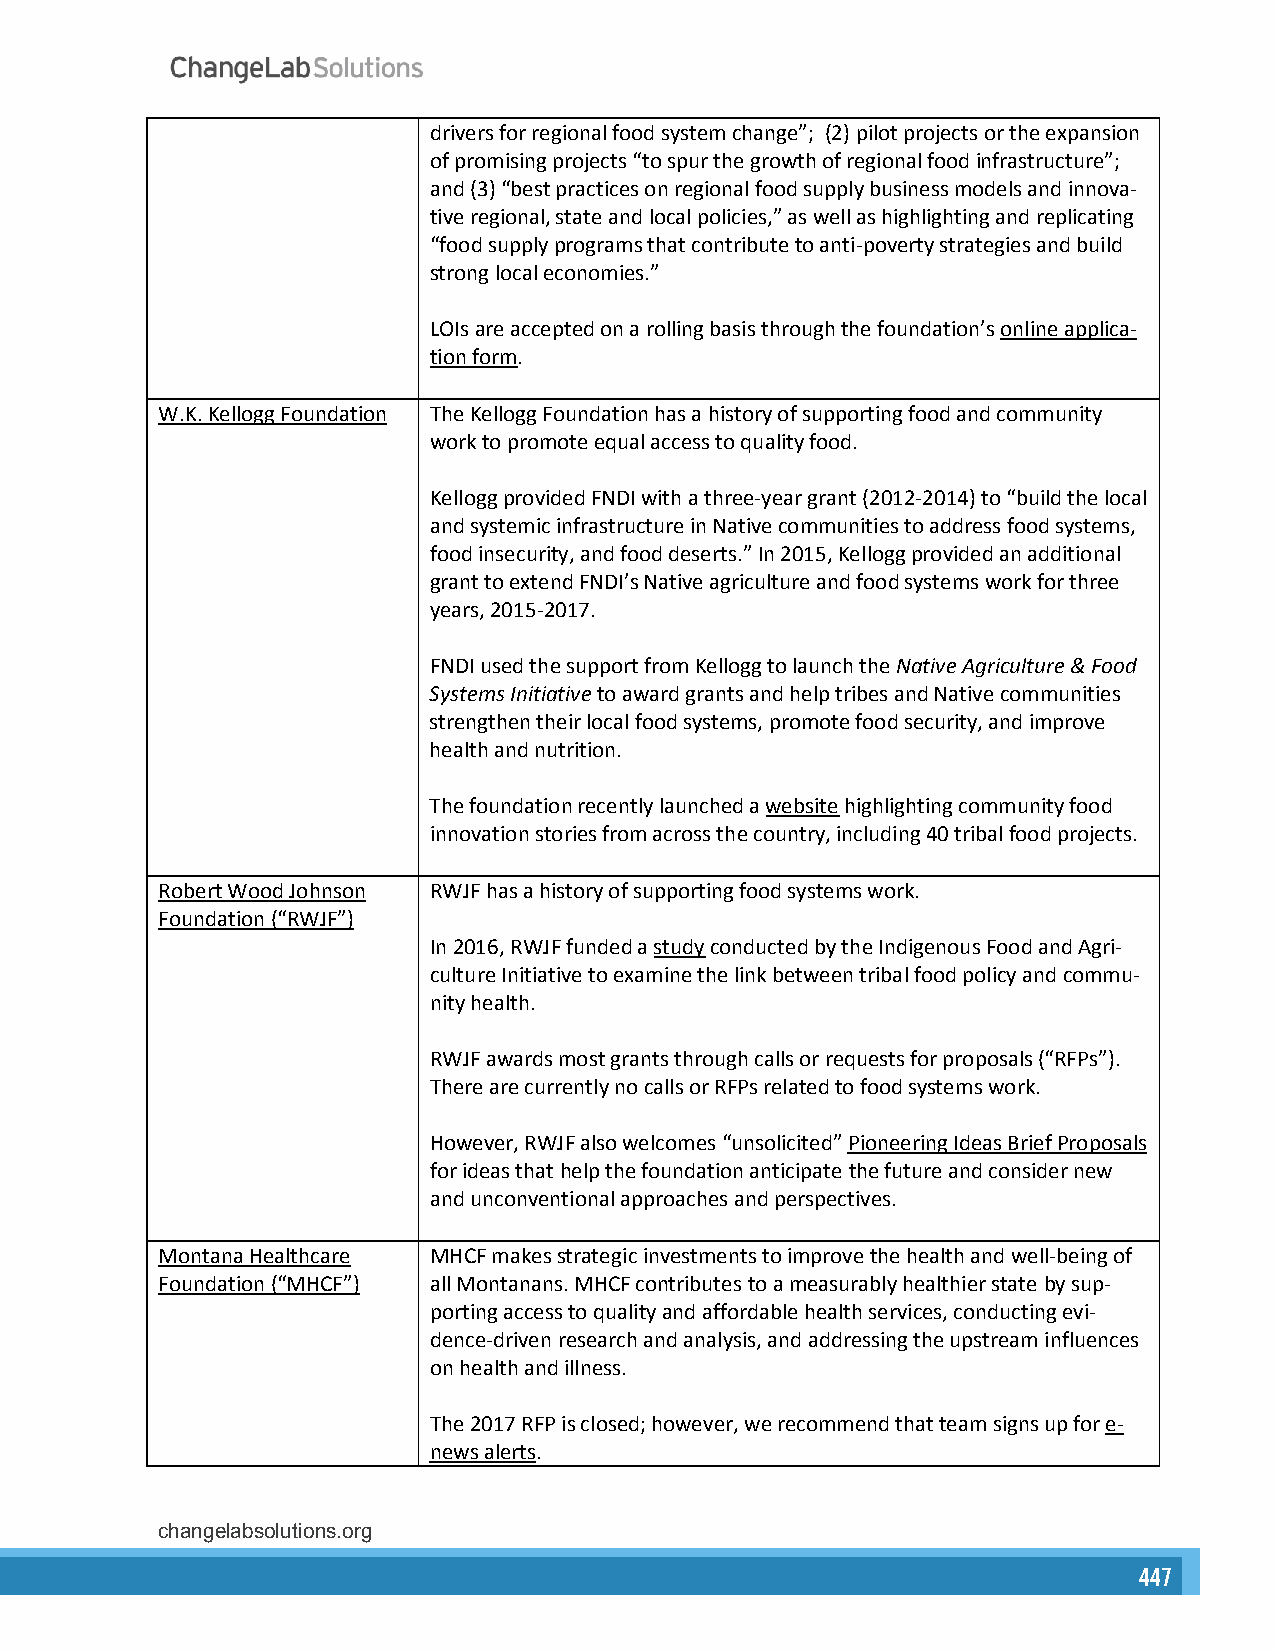
drivers for regional food system change”; (2) pilot projects or the expansion
 of promising projects “to spur the growth of regional food infrastructure”;
 and (3) “best practices on regional food supply business models and innova-
 tive regional, state and local policies,” as well as highlighting and replicating
 “food supply programs that contribute to anti-poverty strategies and build
 strong local economies.”
 LOIs are accepted on a rolling basis through the foundation’s online applica-
 tion form.
 W.K. Kellogg Foundation The Kellogg Foundation has a history of supporting food and community
 work to promote equal access to quality food.
 Kellogg provided FNDI with a three-year grant (2012-2014) to “build the local
 and systemic infrastructure in Native communities to address food systems,
 food insecurity, and food deserts.” In 2015, Kellogg provided an additional
 grant to extend FNDI’s Native agriculture and food systems work for three
 years, 2015-2017.
 FNDI used the support from Kellogg to launch the Native Agriculture & Food
 Systems Initiative to award grants and help tribes and Native communities
 strengthen their local food systems, promote food security, and improve
 health and nutrition.
 The foundation recently launched a website highlighting community food
 innovation stories from across the country, including 40 tribal food projects.
 Robert Wood Johnson RWJF has a history of supporting food systems work.
 Foundation (“RWJF”)
 In 2016, RWJF funded a study conducted by the Indigenous Food and Agri-
 culture Initiative to examine the link between tribal food policy and commu-
 nity health.
 RWJF awards most grants through calls or requests for proposals (“RFPs”).
 There are currently no calls or RFPs related to food systems work.
 However, RWJF also welcomes “unsolicited” Pioneering Ideas Brief Proposals
 for ideas that help the foundation anticipate the future and consider new
 and unconventional approaches and perspectives.
 Montana Healthcare MHCF makes strategic investments to improve the health and well-being of
 Foundation (“MHCF”) all Montanans. MHCF contributes to a measurably healthier state by sup-
 porting access to quality and affordable health services, conducting evi-
 dence-driven research and analysis, and addressing the upstream influences
 on health and illness.
 The 2017 RFP is closed; however, we recommend that team signs up for e-
 news alerts.
 changelabsolutions.org                                     4
 444477